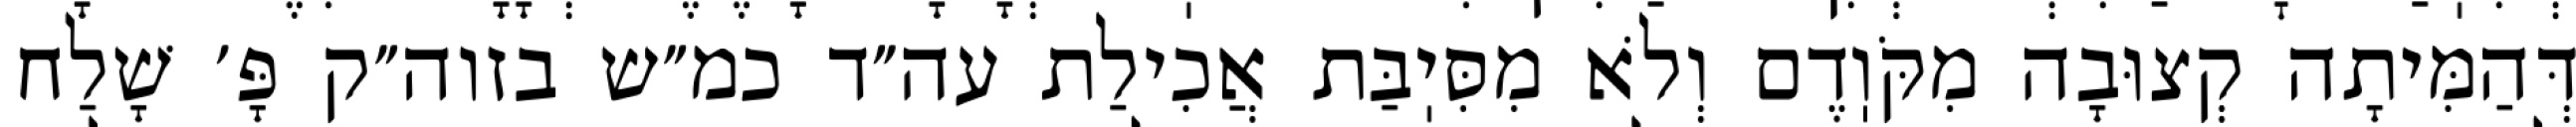
דְּהַמִּיתָה קְצוּבָה מִקֹּוֽדֶם וְלֹא מִסִּיֽבַּת אֲכִילַת עה״ד כמ״ש בזוה״ק פָּ׳ שָׁלַח